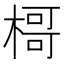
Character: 𣘁